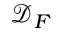
\mathcal { D } _ { F }